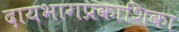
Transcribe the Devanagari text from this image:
दायभागप्रकाशिका